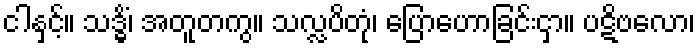
ငါနှင့်။ သဒ္ဓိံ၊ အတူတကွ။ သလ္လပိတုံ၊ ပြောဟောခြင်းငှာ။ ပဋိဗလော၊